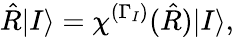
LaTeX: \hat{R}|I\rangle=\chi^{(\Gamma_{I})}(\hat{R})|I\rangle,